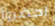
احضروا